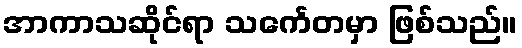
အာကာသဆိုင်ရာ သင်္ကေတမှာ ဖြစ်သည်။